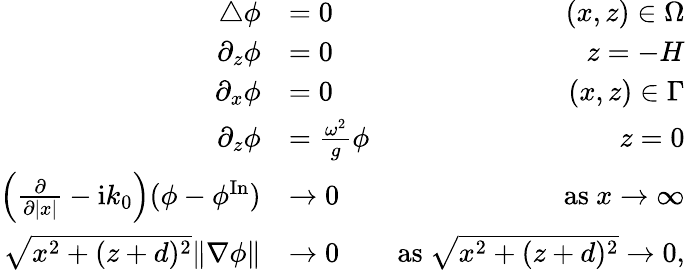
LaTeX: \begin{array}{rlr}{\bigtriangleup\phi}&{=0}&{(x,z)\in\Omega}\\ {\partial_{z}\phi}&{=0}&{z=-H}\\ {\partial_{x}\phi}&{=0}&{(x,z)\in\Gamma}\\ {\partial_{z}\phi}&{=\frac{\omega^{2}}{g}\phi}&{z=0}\\ {\left(\frac{\partial}{\partial|x|}-\mathrm{i}k_{0}\right)(\phi-\phi^{\mathrm{In}})}&{\to 0}&{\mathrm{as\ }x\to\infty}\\ {\sqrt{x^{2}+(z+d)^{2}}\| \nabla\phi\| }&{\to 0}&{\mathrm{as\ }\sqrt{x^{2}+(z+d)^{2}}\to 0,}\end{array}